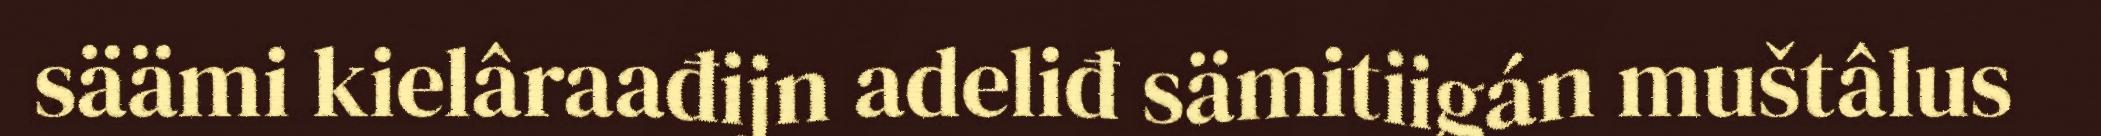
säämi kielâraađijn adeliđ sämitiigán muštâlus